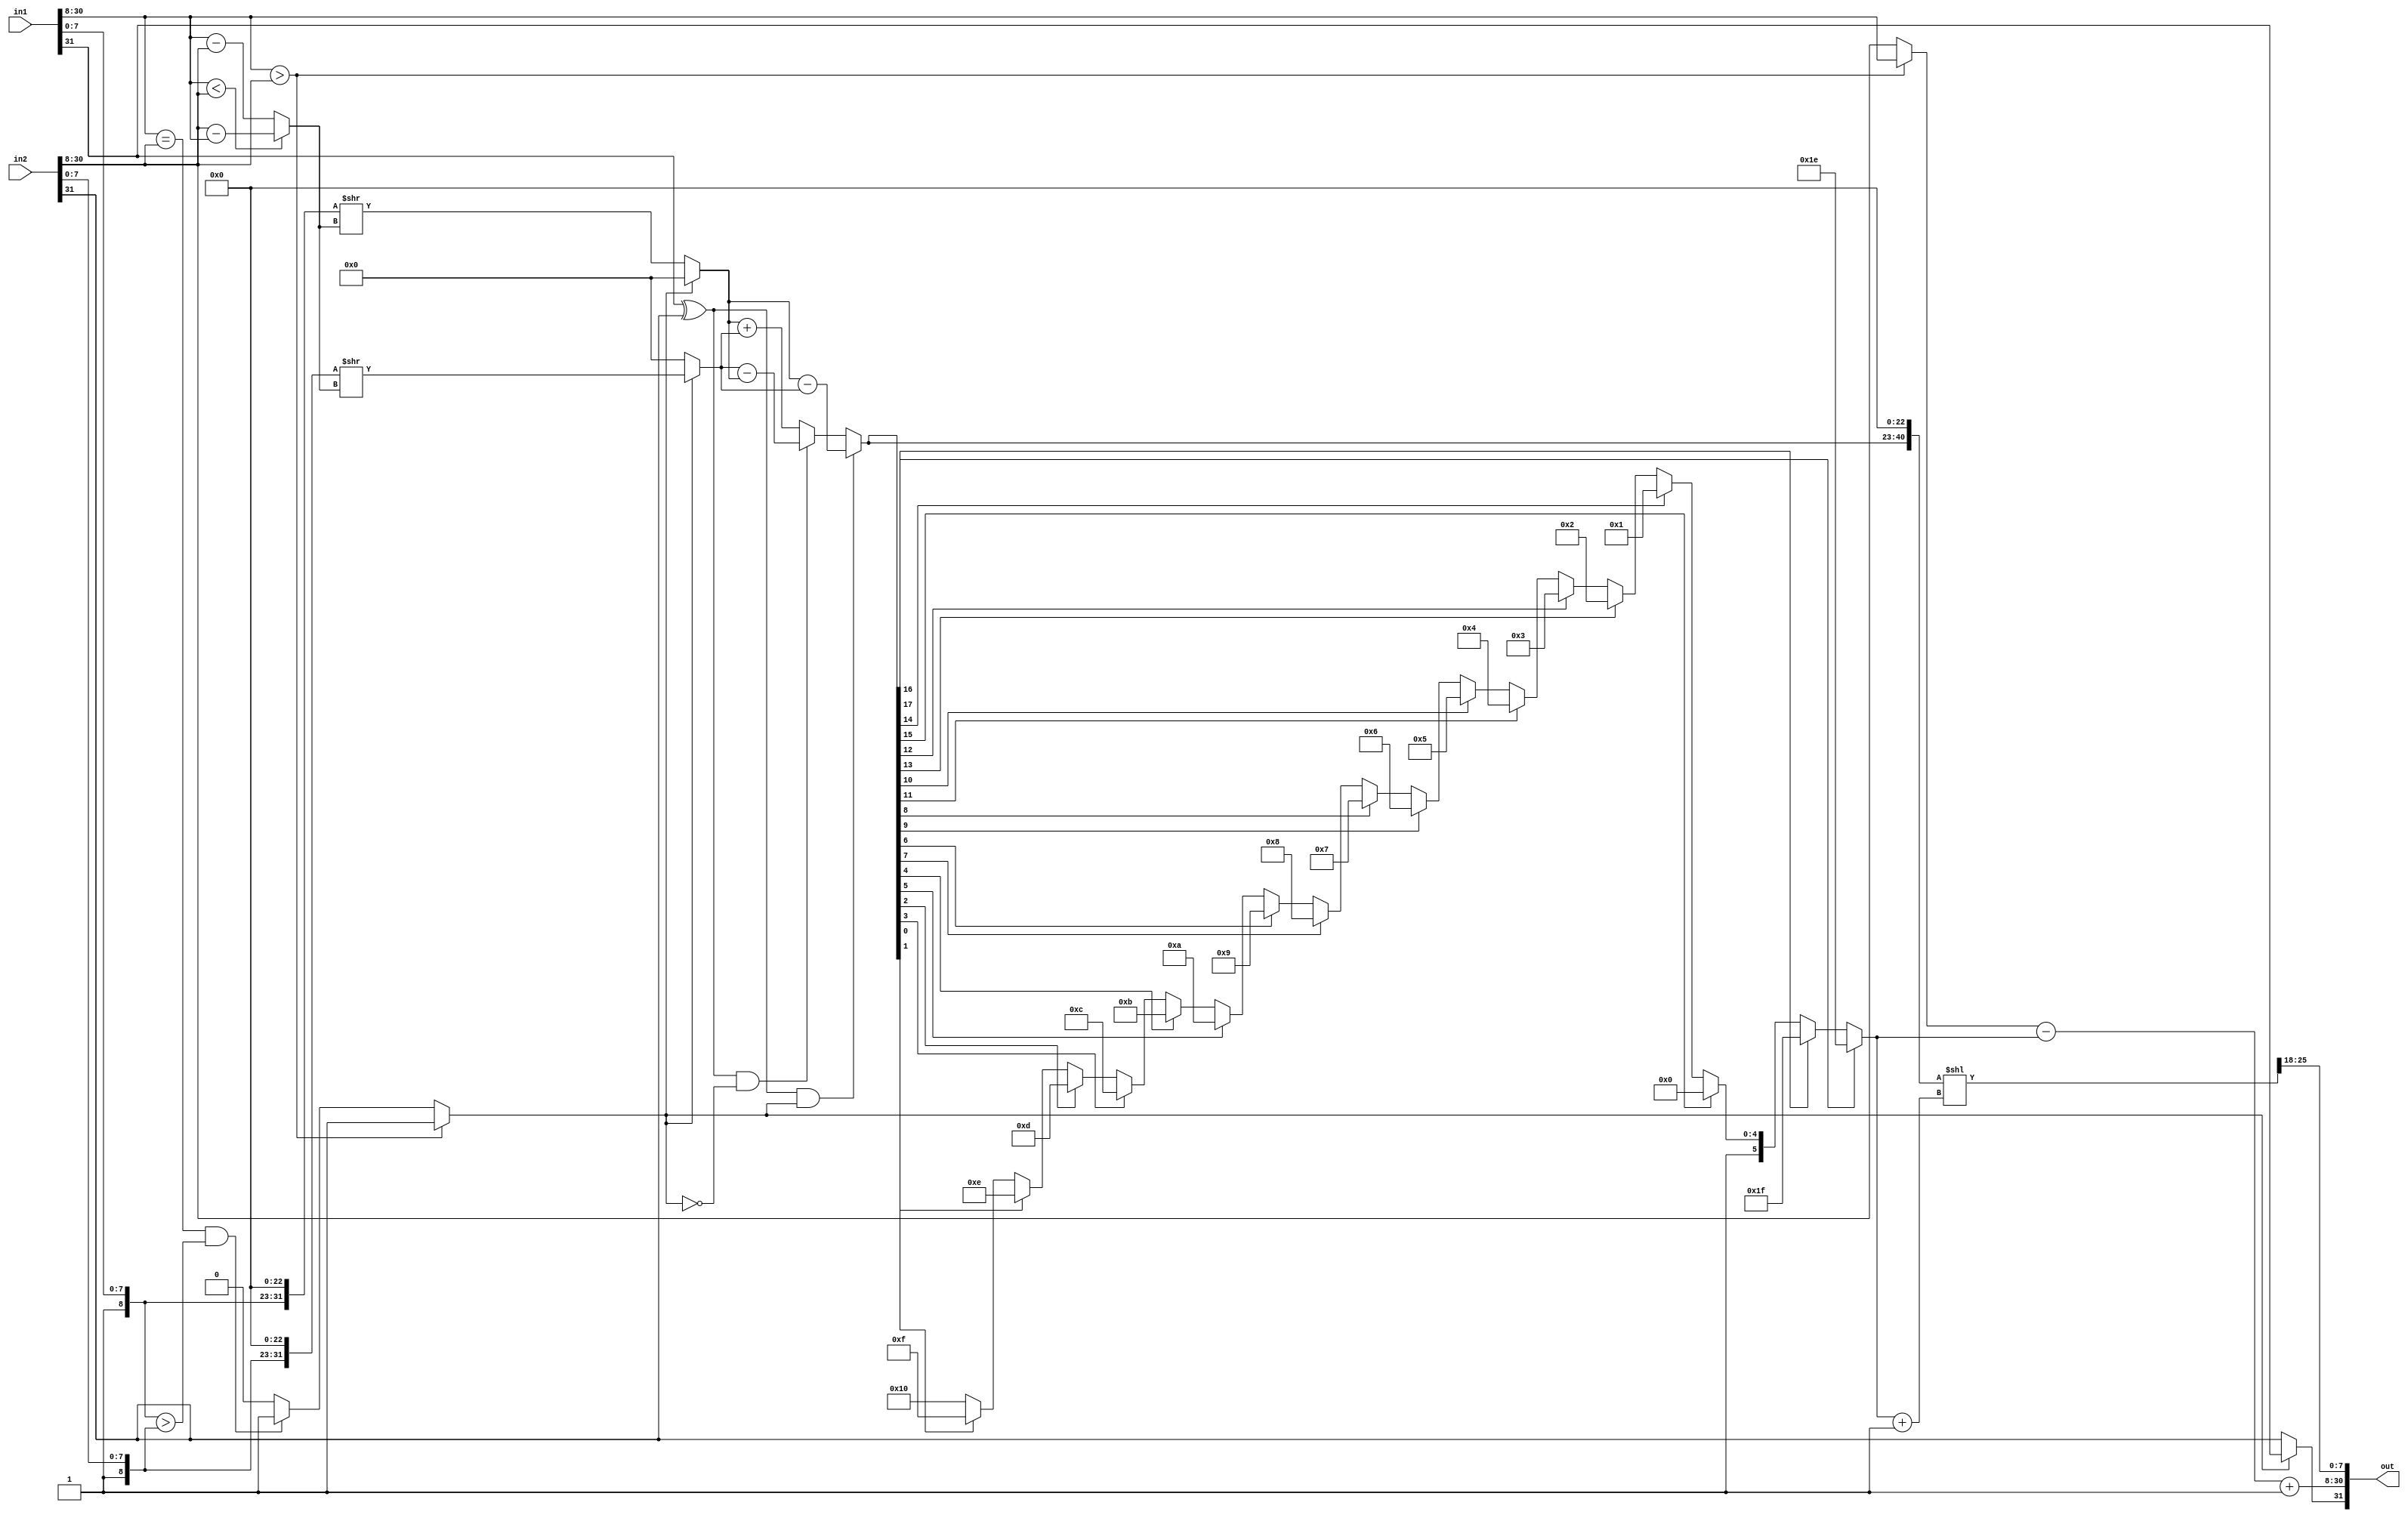
`timescale 1ns / 1ps


module 
 floating_point_adder #(parameter
	DATA_WIDTH = 32,
	E = 23, 
	M = 8 )
    (
    input [DATA_WIDTH-1:0] in1,
    input [DATA_WIDTH-1:0] in2,
    output [DATA_WIDTH-1:0] out
    );
 
    wire sign1,sign2,signOUT;
    wire [E-1:0] Exponent1,Exponent2;
    wire [M-1:0] Mantissa1,Mantissa2; 
    
    wire [M:0] MantissaUnNORMALIZED1;
    wire [M:0] MantissaUnNORMALIZED2;
    
    wire [2*M+1:0] MantissaUnNORMALIZED1SHIFTED;
    wire [2*M+1:0] MantissaUnNORMALIZED2SHIFTED;
    wire [2*M+1:0] MantissaUnNORMALIZEDOut;
    
    wire [E-1:0] Difference;
    wire [E-1:0] LargerExponent;
    wire N1_larger;
    
    assign sign1 = in1[DATA_WIDTH-1];
    assign sign2 = in2[DATA_WIDTH-1];
    assign Exponent1 = in1[DATA_WIDTH-2:DATA_WIDTH-E-1];
    assign Exponent2 = in2[DATA_WIDTH-2:DATA_WIDTH-E-1];
    assign Mantissa1 = in1[M-1:0];
    assign Mantissa2 = in2[M-1:0];
    
    assign MantissaUnNORMALIZED1 = {1'b1 , in1[M-1:0]};
    assign MantissaUnNORMALIZED2 = {1'b1 , in2[M-1:0]};
    
    assign LargerExponent = (Exponent1 > Exponent2) ? Exponent1 : Exponent2;
    
    // Determine which of A, B is larger
    assign N1_larger =    (Exponent1 > Exponent2)        ? 1'b1  :
        ((Exponent1 == Exponent2) && (MantissaUnNORMALIZED1 > MantissaUnNORMALIZED2)) ? 1'b1 : 1'b0;
        
    assign Difference = (Exponent1 < Exponent2) ? (Exponent2 - Exponent1) :  (Exponent1 - Exponent2);
    
    
    //UNPARAMETRIZED
    assign MantissaUnNORMALIZED2SHIFTED = (N1_larger)? {1'b0, MantissaUnNORMALIZED2, 23'b0} >> Difference : {1'b0, MantissaUnNORMALIZED2, 23'b0};
    
    assign MantissaUnNORMALIZED1SHIFTED = (~N1_larger)? {1'b0, MantissaUnNORMALIZED1, 23'b0} >> Difference : {1'b0, MantissaUnNORMALIZED1, 23'b0};
    
    
    assign MantissaUnNORMALIZEDOut = ((sign1^sign2) &  N1_larger) ? MantissaUnNORMALIZED1SHIFTED - MantissaUnNORMALIZED2SHIFTED :
        ((sign1^sign2) & ~N1_larger) ? MantissaUnNORMALIZED2SHIFTED - MantissaUnNORMALIZED1SHIFTED :
        MantissaUnNORMALIZED1SHIFTED + MantissaUnNORMALIZED2SHIFTED;
    
    wire [7:0]  shft_amt;
    assign shft_amt = MantissaUnNORMALIZEDOut[47] ? 8'd0  : MantissaUnNORMALIZEDOut[46] ? 8'd1  :
                      MantissaUnNORMALIZEDOut[45] ? 8'd2  : MantissaUnNORMALIZEDOut[44] ? 8'd3  :
                      MantissaUnNORMALIZEDOut[43] ? 8'd4  : MantissaUnNORMALIZEDOut[42] ? 8'd5  :
                      MantissaUnNORMALIZEDOut[41] ? 8'd6  : MantissaUnNORMALIZEDOut[40] ? 8'd7  :
                      MantissaUnNORMALIZEDOut[39] ? 8'd8  : MantissaUnNORMALIZEDOut[38] ? 8'd9  :
                      MantissaUnNORMALIZEDOut[37] ? 8'd10 : MantissaUnNORMALIZEDOut[36] ? 8'd11 :
                      MantissaUnNORMALIZEDOut[35] ? 8'd12 : MantissaUnNORMALIZEDOut[34] ? 8'd13 :
                      MantissaUnNORMALIZEDOut[33] ? 8'd14 : MantissaUnNORMALIZEDOut[32] ? 8'd15 :
                      MantissaUnNORMALIZEDOut[31] ? 8'd16 : MantissaUnNORMALIZEDOut[30] ? 8'd17 :
                      MantissaUnNORMALIZEDOut[29] ? 8'd18 : MantissaUnNORMALIZEDOut[28] ? 8'd19 :
                      MantissaUnNORMALIZEDOut[27] ? 8'd20 : MantissaUnNORMALIZEDOut[26] ? 8'd21 :
                      MantissaUnNORMALIZEDOut[25] ? 8'd22 : MantissaUnNORMALIZEDOut[24] ? 8'd23 :
                      MantissaUnNORMALIZEDOut[23] ? 8'd24 : MantissaUnNORMALIZEDOut[22] ? 8'd25 :
                      MantissaUnNORMALIZEDOut[21] ? 8'd26 : MantissaUnNORMALIZEDOut[20] ? 8'd27 :
                      MantissaUnNORMALIZEDOut[19] ? 8'd28 : MantissaUnNORMALIZEDOut[18] ? 8'd29 :
                      MantissaUnNORMALIZEDOut[17] ? 8'd30 : MantissaUnNORMALIZEDOut[16] ? 8'd31 :
                      MantissaUnNORMALIZEDOut[15] ? 8'd32 : MantissaUnNORMALIZEDOut[14] ? 8'd33 :
                      MantissaUnNORMALIZEDOut[13] ? 8'd34 : MantissaUnNORMALIZEDOut[12] ? 8'd35 :
                      MantissaUnNORMALIZEDOut[11] ? 8'd36 : MantissaUnNORMALIZEDOut[10] ? 8'd37 :
                      MantissaUnNORMALIZEDOut[9]  ? 8'd38 : MantissaUnNORMALIZEDOut[8]  ? 8'd39 :
                      MantissaUnNORMALIZEDOut[7]  ? 8'd40 : MantissaUnNORMALIZEDOut[6]  ? 8'd41 :
                      MantissaUnNORMALIZEDOut[5]  ? 8'd42 : MantissaUnNORMALIZEDOut[4]  ? 8'd43 :
                      MantissaUnNORMALIZEDOut[3]  ? 8'd44 : MantissaUnNORMALIZEDOut[2]  ? 8'd45 :
                      MantissaUnNORMALIZEDOut[1]  ? 8'd46 : MantissaUnNORMALIZEDOut[0]  ? 8'd47 :
                                                    8'd48;
                                                
                                                
    wire [3*M+1:0] OutShifted;
    wire [M-1:0] LastOut;
    assign OutShifted = {MantissaUnNORMALIZEDOut, 23'b0} << (shft_amt+1);
    assign LastOut = OutShifted [3*M+1:2*M+2];
    wire [E-1:0] LastExpOut;
    assign LastExpOut = LargerExponent - shft_amt + 8'b1;
    assign signOUT = (N1_larger)? sign1 : sign2;
    
    
    assign out = {signOUT, LastExpOut, LastOut};
    
endmodule